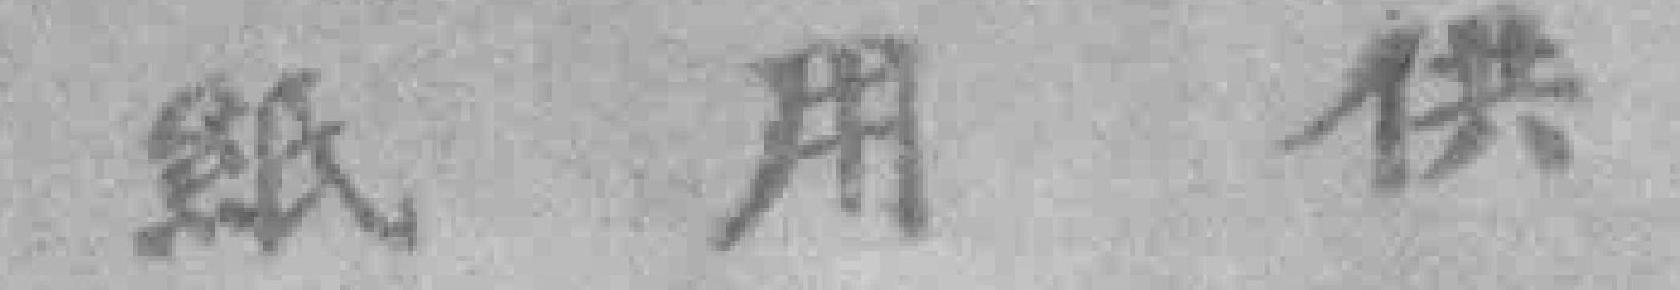
紙用供